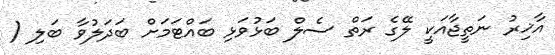
އާޚިރު ނަތީޖާއަކީ ލޭގެ ރަތް ސެލް ބަޅުވަޅި ބައްޓަމަށް ބަދަލުވާ ބަލި (